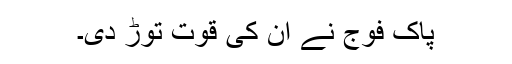
پاک فوج نے ان کی قوت توڑ دی۔